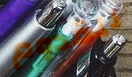
للقدوم